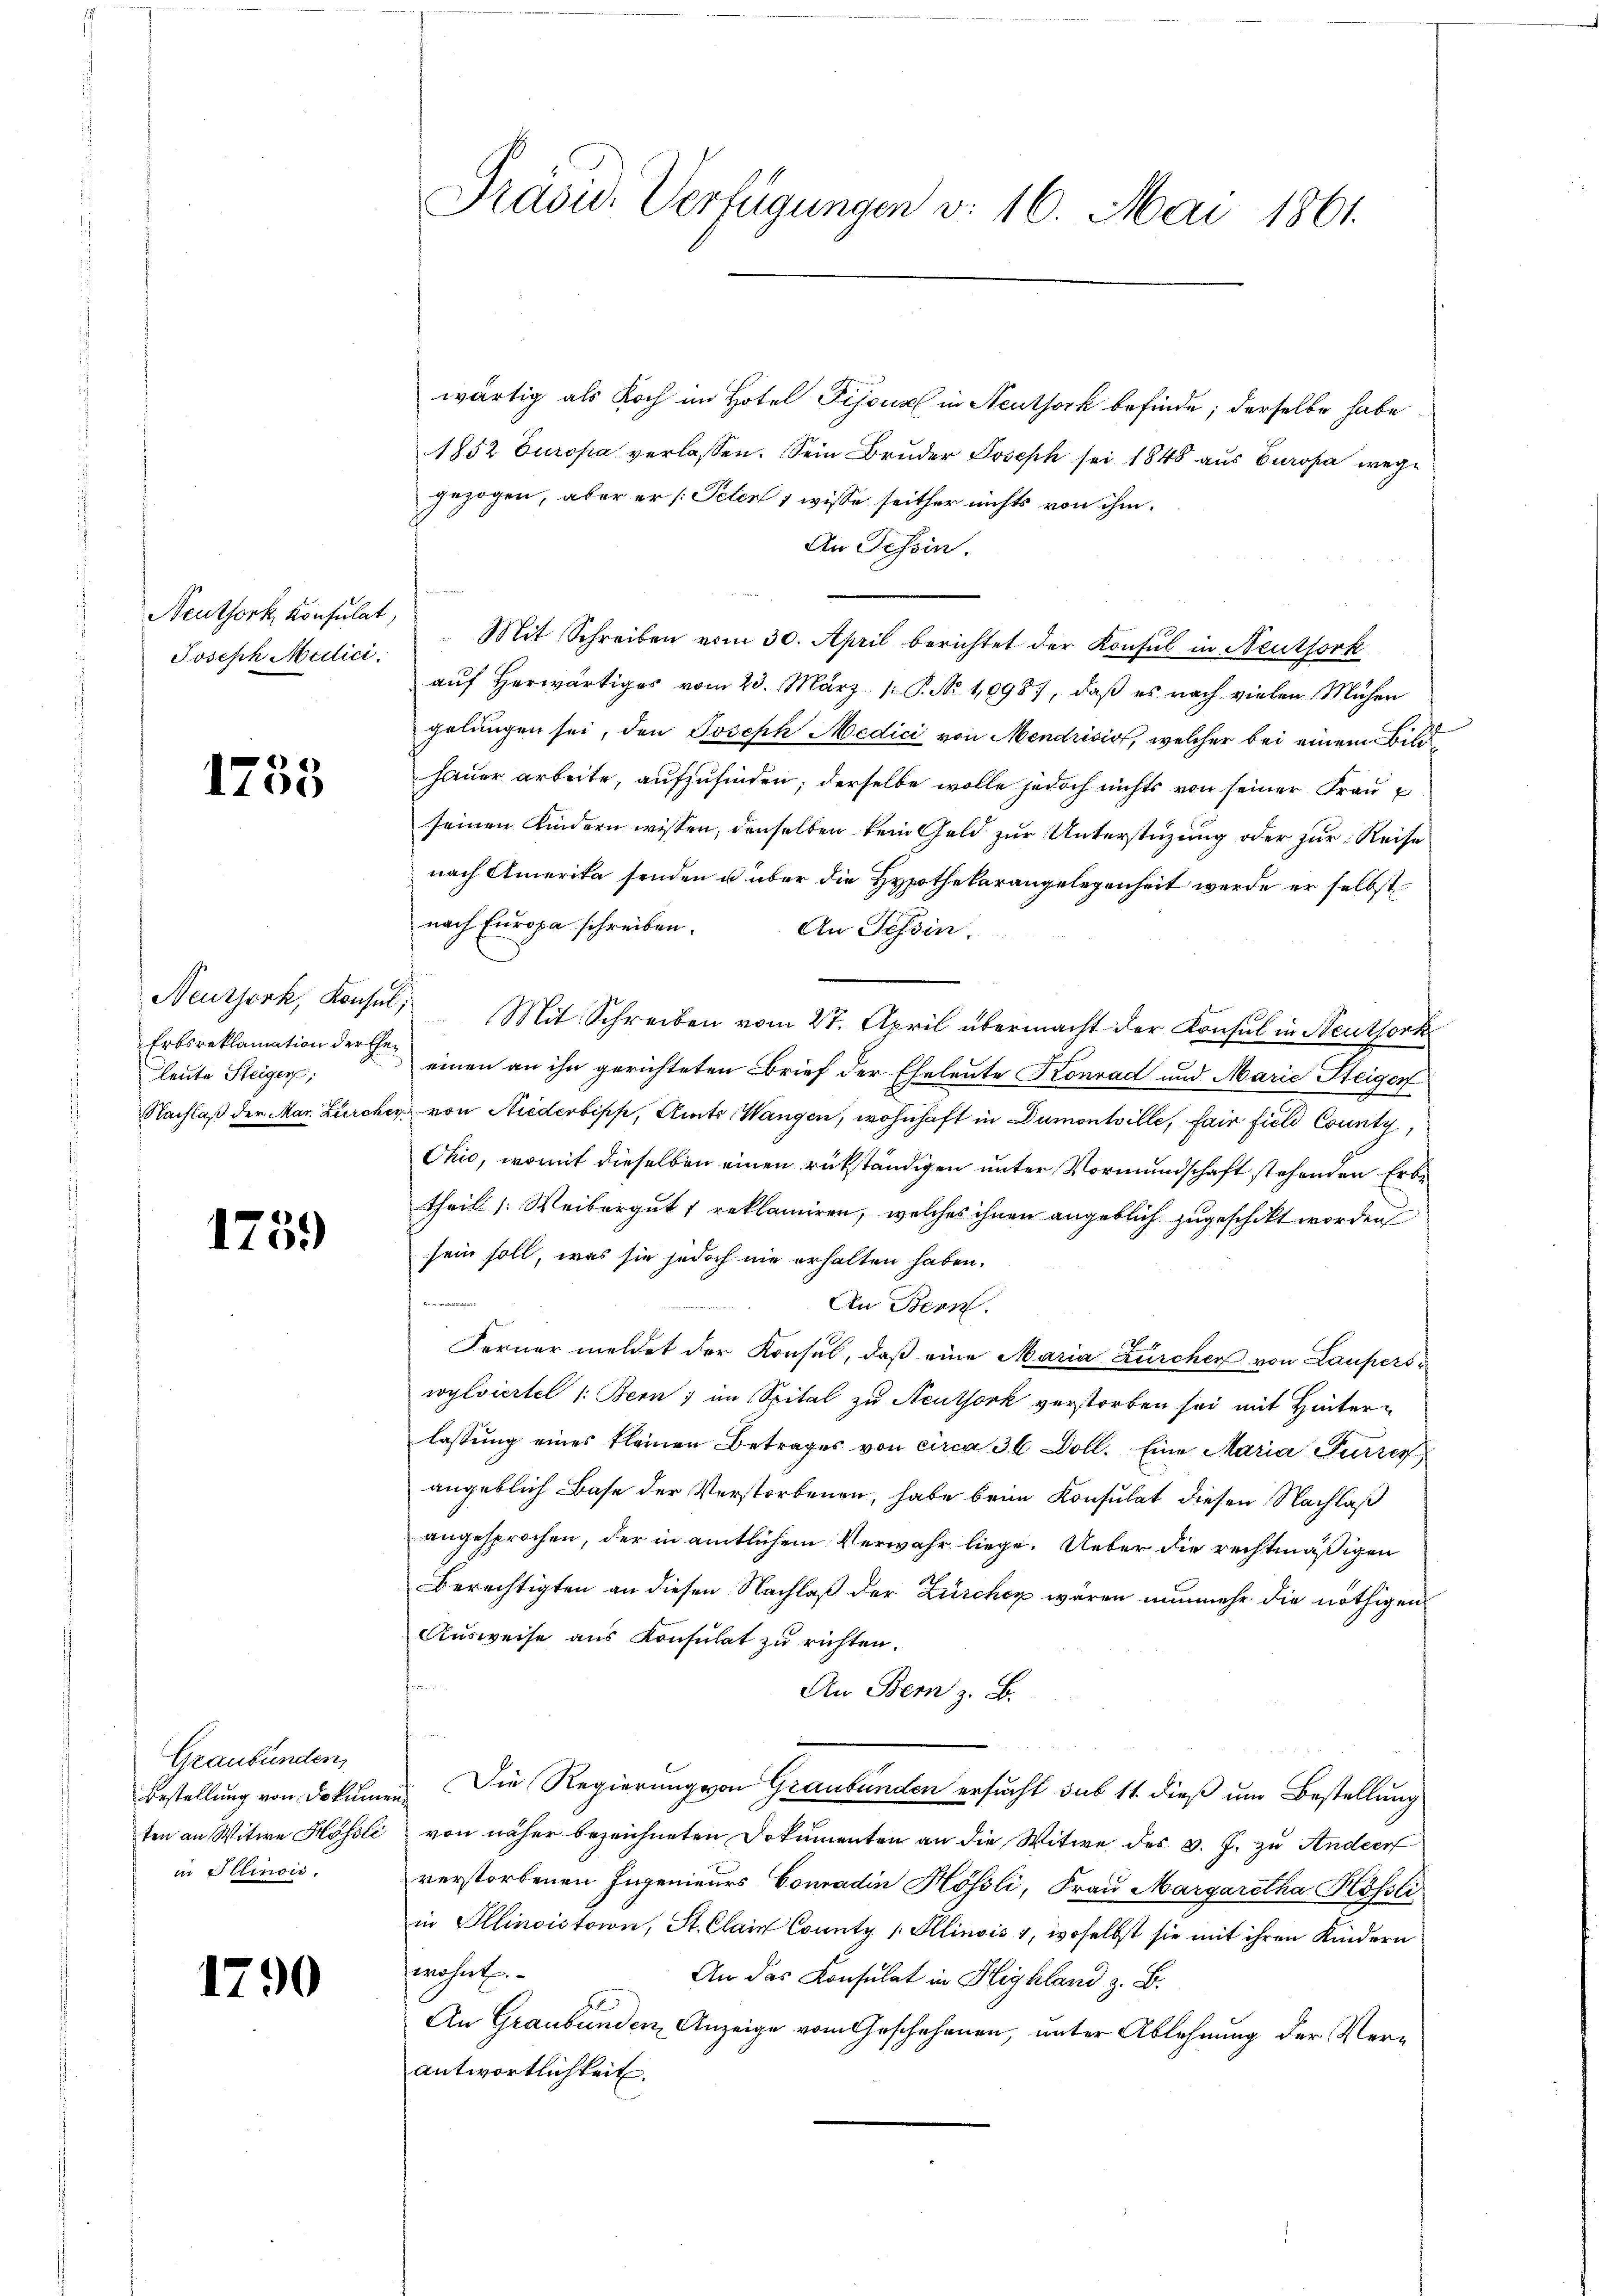
Neuthork, Konsulat,
Joseph Medici

12

35

Neutjork, Konsul,
Erbsreklamation der Eheleute Steigers;
Nachlaß der Mar. Zürcher

1759)

Graubünden,
Bestellung von Dokume
ten an Witwe Hössli
in Illinois.

1790

Präsid. Verfügungen v. 16. Mai 1861.

wärtig als Koch im Hotel Fijous in Neuthork befinde; derselbe habe
1852 Europa verlassen. Sein Bruder Joseph sei 1848 aus Europa weggezogen, aber er /: Peten 1 wisse seither nichts von ihm.
An Tessin.
Mit Schreiben vom 30. April berichtet der Konsul in Neuthork
aŭf herwärtiges vom 23. März 1. P. Nr. 1098), daβ es nach vielen Mühen
gelungen sei, den Joseph Medici von Mendrisis, welcher bei einem Bild
hauer arbeite, aufzufinden; derselbe wolle jedoch nichts von seiner Frauseinen Kindern wissen, denselben kein Geld zur Unterstüzung oder zur Reise
nach Amerika senden u über die Hypothekarangelegenheit werde er selbst
nach Europa schreiben.
An Tessin.
Mit Schreiben vom 27. April übermacht der Konsul in Neuthork
einen an ihn gerichteten Brief der Eheleute Konrad und Marie Steigen
 von Niederbipp, Amte Wangen, wohnhaft in Dumontille, fair field County,
Ohio, womit dieselben einen rükständigen unter Vormundschaft stehenden Erbtheil (Weibergut 1 reklamiren, welches ihnen angeblich zugeschickt worden
sein soll, was sie jedoch nie erhalten haben.
An Bern.
Ferner meldet der Konsul, daß eine Maria Zürcher von Lauperswylviertel 1: Bern; im Spital zu Neuthork verstorben sei mit Hinterlassung eines kleinen Betrages von circa 36 Doll. Eine Maria Furrer,
angeblich Base der Verstorbenen, habe beim Konsulat diesen Nachlaß
angesprochen, der in amtlichem Verwahr liege. Ueber die rechtmäßigen
Berechtigten an diesen Nachlaß der Zürcher wären nunmehr die nöthigen
Ausweise aus Konsulat zu richten.
hiren
An Stern z. B.
Die Regierung von Graubünden ersucht sub 11. dieß um Bestellung
von näher bezeichneten Dokumenten an die Witwe des v. J. zu Ander
verstorbenen Ingenieurs Conradin Hössli, Frau Margaretha Kössli
in Ellinoistaion, St. Clain County Illinois 1, woselbst sie mit ihren Kindern
wohnt.
An das Konsulat in Highland z. B.
An Graubünden Anzeige vom Geschehenen, unter Ablehnung der Verantwortlichkeit.